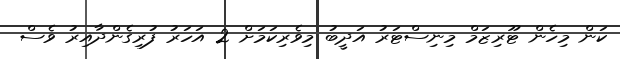
ކަން މިހެން ޓޫރިޒަމް މިނިސްޓަރު އަދީބު މިވެރިކަމަށް 2 އަހަރު ފުރިގެންދާއިރު ވެސް